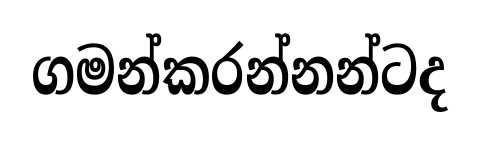
ගමන්කරන්නන්ටද